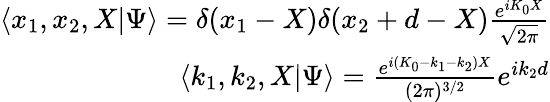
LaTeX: \begin{array}{r}{\langle x_{1},x_{2},X|\Psi\rangle=\delta(x_{1}-X)\delta(x_{2}+d-X)\frac{e^{iK_{0}X}}{\sqrt{2\pi}}}\\ {\langle k_{1},k_{2},X|\Psi\rangle=\frac{e^{i(K_{0}-k_{1}-k_{2})X}}{(2\pi)^{3/2}}e^{ik_{2}d}}\end{array}